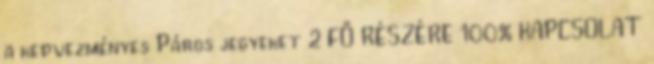
a kedvezményes Páros jegyeket 2 FŐ RÉSZÉRE 100% KAPCSOLAT